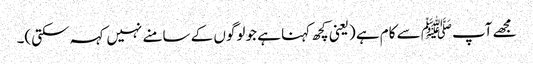
مجھے آپﷺ سے کام ہے (یعنی کچھ کہنا ہے جو لوگوں کے سامنے نہیں کہہ سکتی)۔